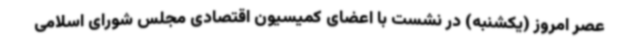
عصر امروز (یکشنبه) در نشست با اعضای کمیسیون اقتصادی مجلس شورای اسلامی